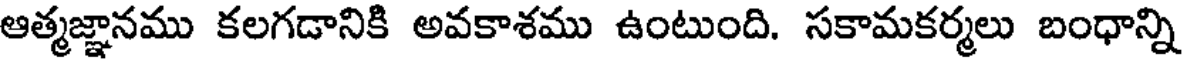
ఆత్మజ్ఞానము కలగడానికి అవకాశము ఉంటుంది. సకామకర్మలు బంధాన్ని